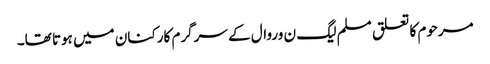
مرحوم کا تعلق مسلم لیگ ن وروال کے سرگرم کارکنان میں ہوتا تھا۔